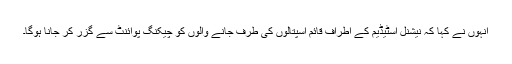
انہوں نے کہا کہ نیشنل اسٹیڈیم کے اطراف قائم اسپتالوں کی طرف جانے والوں کو چیکنگ پوائنٹ سے گزر کر جانا ہوگا۔